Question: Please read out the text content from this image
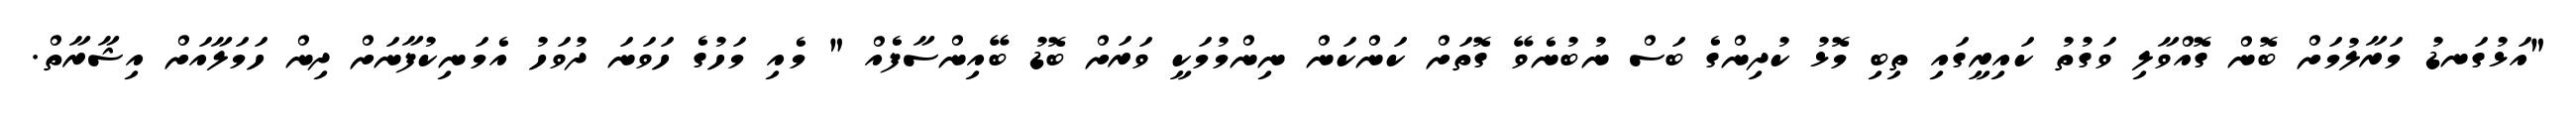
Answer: "އަޅުގަނޑު މަރާލުމަށް ބޮން ގޮއްވާލި ވަގުތު ކައިރީގައި ތިބި މޮޅު ކުދިންގެ ބަސް ނުބުނެވޭ ގޮތަށް ކަންކަން ނިންމުމަކީ ވަރަށް ބޮޑު ބޭއިންސާފެއް " މެއި މަހުގެ ހަވަނަ ދުވަހު އެމަނިކުފާނަށް ދިން ހަމަލާއަށް އިޝާރާތް.